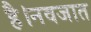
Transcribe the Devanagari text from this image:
है।नवजात